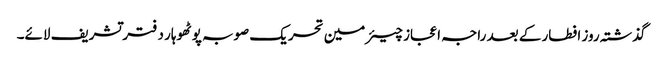
گذشتہ روز افطار کے بعد راجہ اعجاز چیئرمین تحریک صوبہ پوٹھوہار دفتر تشریف لائے۔